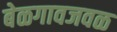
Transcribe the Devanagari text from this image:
बेळगावजवळ